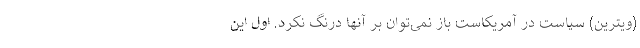
(ویترین) سیاست در آمریکاست باز نمی‌توان بر آنها درنگ نکرد. اول این